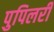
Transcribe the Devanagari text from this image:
पुपिलरी